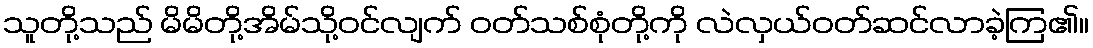
သူတို့သည် မိမိတို့အိမ်သို့ဝင်လျက် ဝတ်သစ်စုံတို့ကို လဲလှယ်ဝတ်ဆင်လာခဲ့ကြ၏။